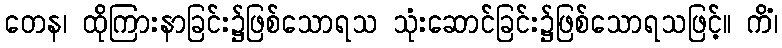
တေန၊ ထိုကြားနာခြင်း၌ဖြစ်သောရသ သုံးဆောင်ခြင်း၌ဖြစ်သောရသဖြင့်။ ကိံ၊